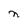
Character: n